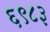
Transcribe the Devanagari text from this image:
६९८३